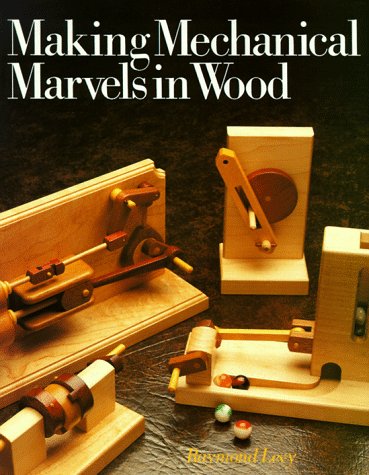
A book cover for Making Mechanical Marvels In Wood; Raymond Levy; Crafts, Hobbies & Home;